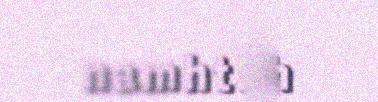
namhtah